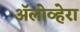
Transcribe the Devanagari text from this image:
ॲलोव्हेरा